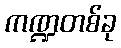
ကဏ္ဍတစ်ခု